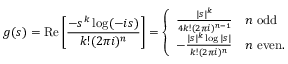
g ( s ) = \operatorname { R e } \left[ { \frac { - s ^ { k } \log ( - i s ) } { k ! ( 2 \pi i ) ^ { n } } } \right] = { \left\{ \begin{array} { l l } { { \frac { | s | ^ { k } } { 4 k ! ( 2 \pi i ) ^ { n - 1 } } } } & { n { \mathrm { ~ o d d } } } \\ { - { \frac { | s | ^ { k } \log | s | } { k ! ( 2 \pi i ) ^ { n } } } } & { n { \mathrm { ~ e v e n . } } } \end{array} \right. }